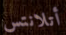
أتلانتس